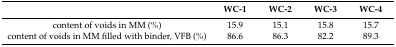
|  | WC-1 | WC-2 | WC-3 | WC-4 |
 | --- | --- | --- | --- | --- |
 | content of voids in MM (%) | 15.9 | 15.1 | 15.8 | 15.7 |
 | content of voids in MM filled with binder, VFB (%) | 86.6 | 86.3 | 82.2 | 89.3 |